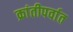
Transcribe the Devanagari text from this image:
क्रांतीपर्वात